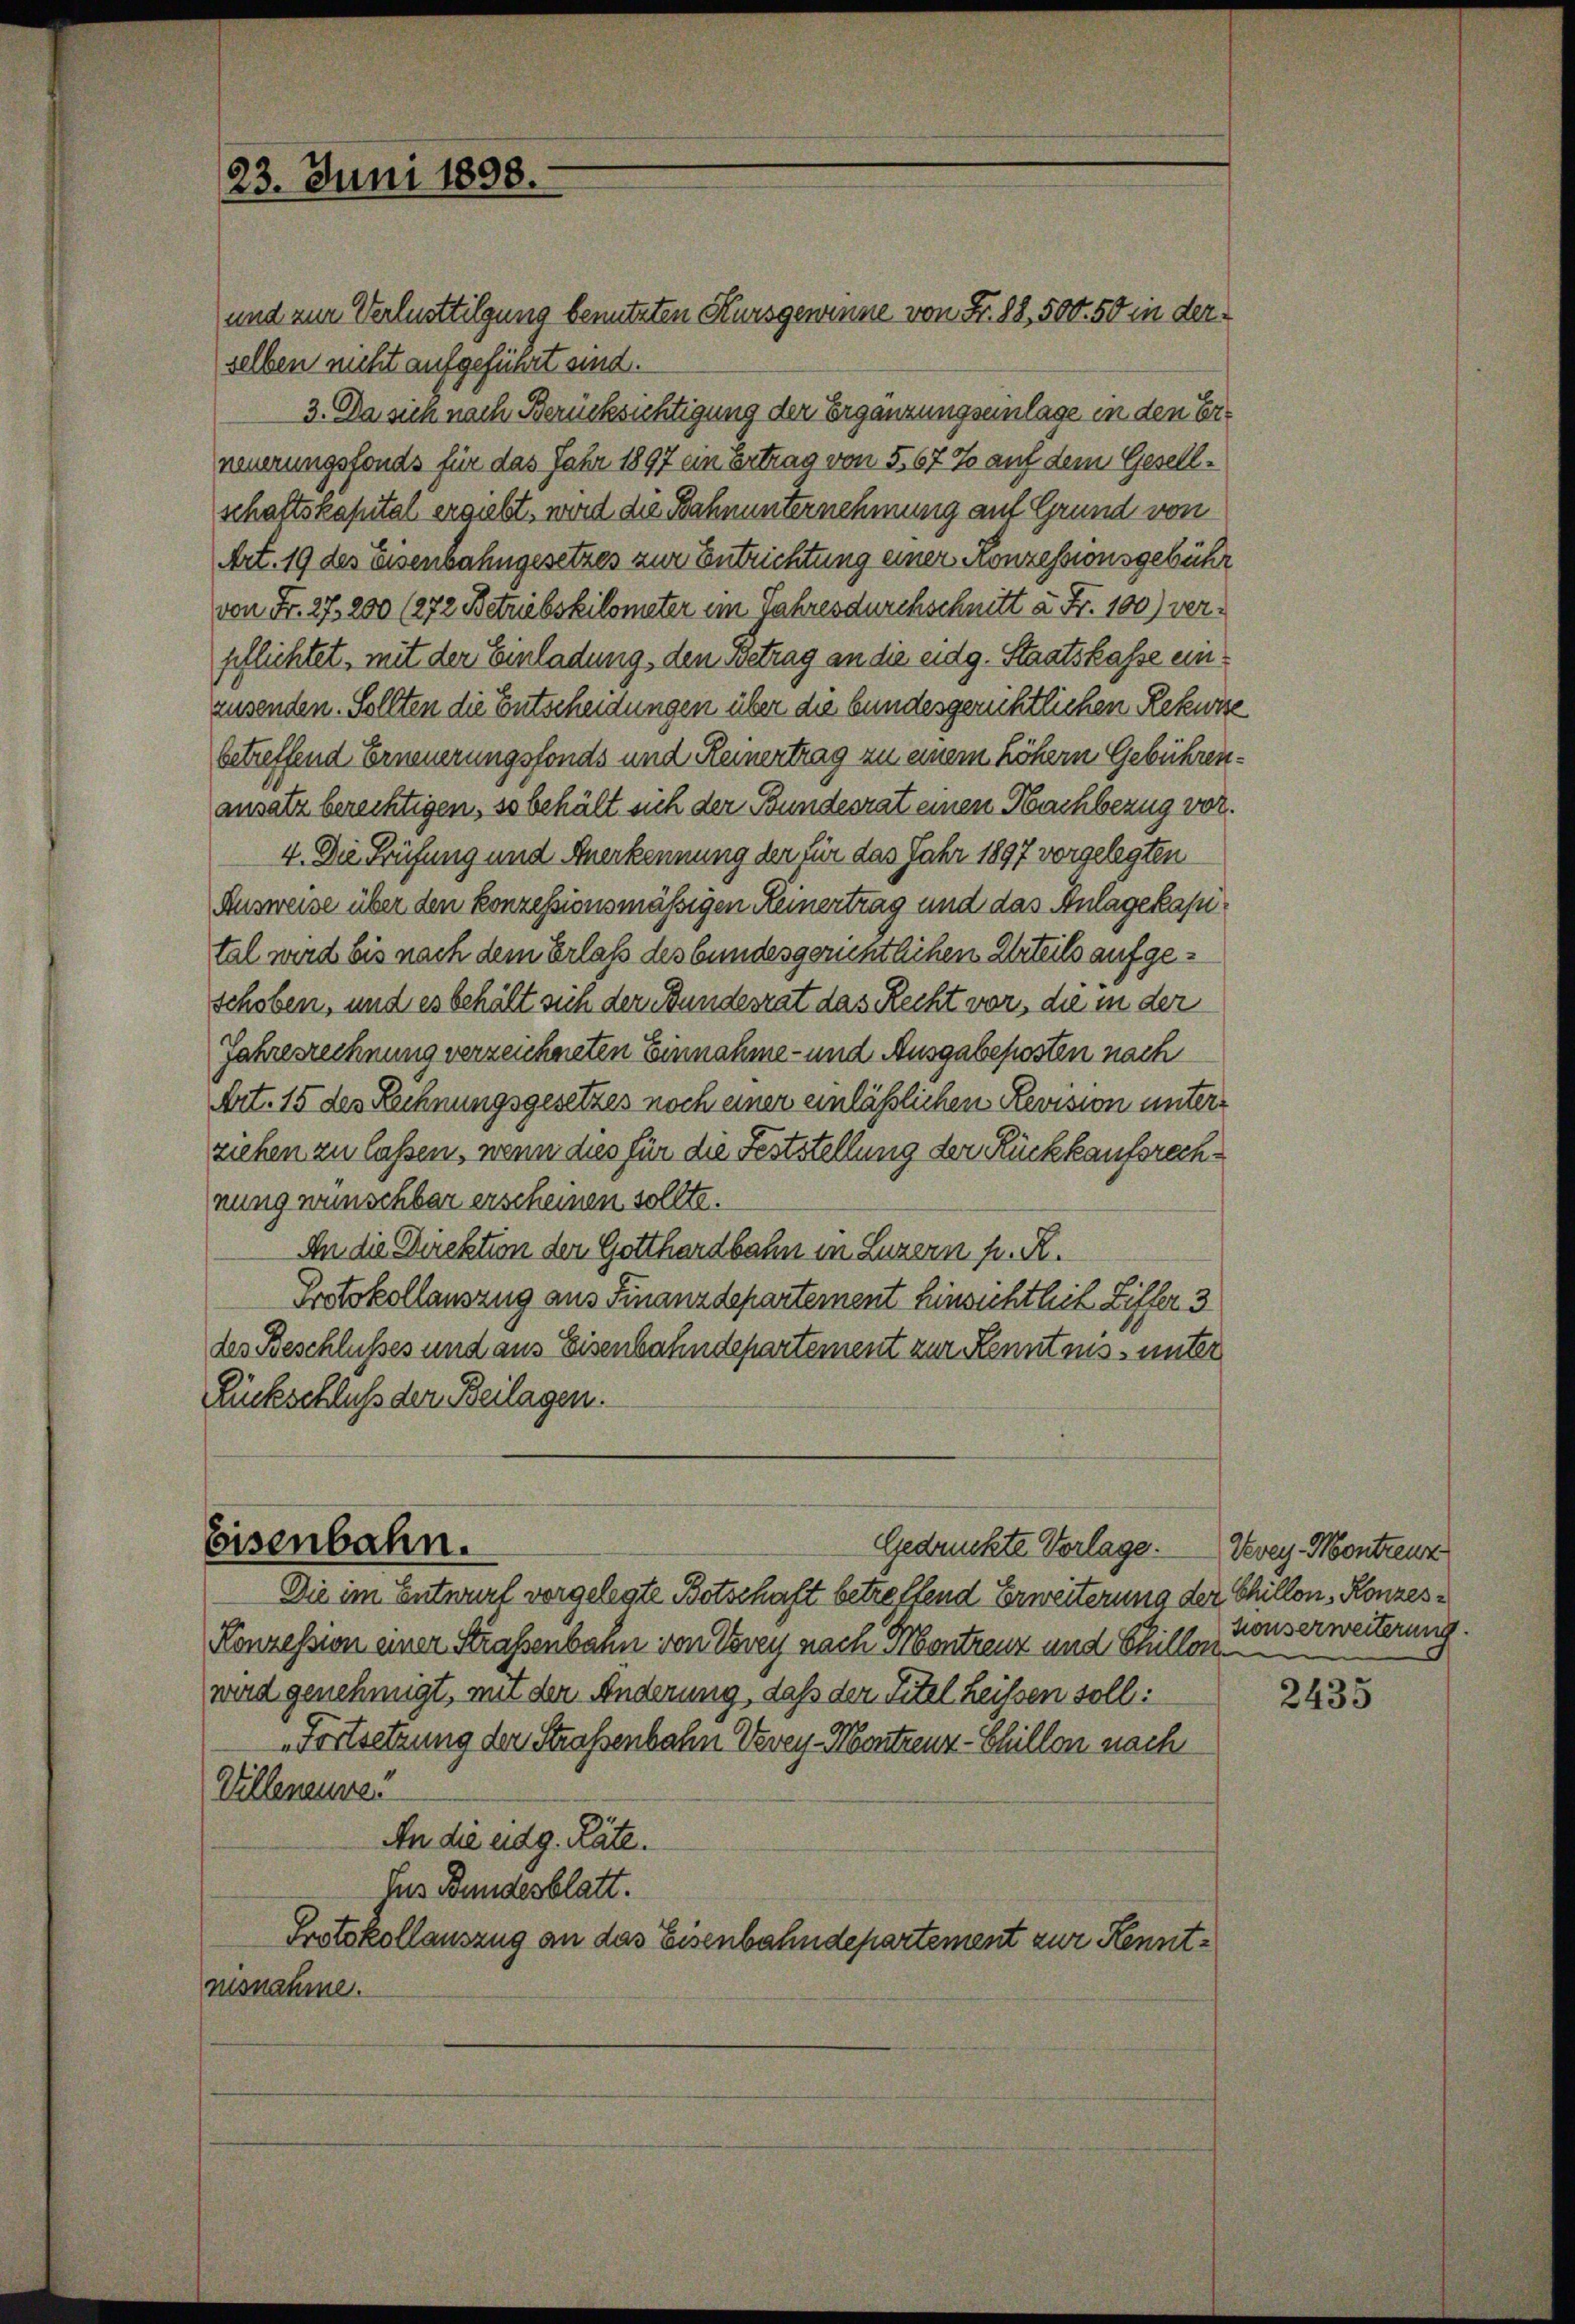
23. Juni 1898.

und zur Verlusttilgung benutzten Kursgewinne von Fr. 88, 500. 50 in der
selben nicht aufgeführt sind.
3. Da sich nach Berücksichtigung der Ergänzungseinlage in den Erneuerungsfonds für das Jahr 1897 ein Ertrag von 567 % auf dem Gesellschaftskapital ergibt, wird die Bahnunternehmung auf Grund von
Art. 19 des Eisenbahngesetzes zur Entrichtung einer Konzessionsgebühr
von Fr. 27. 200 (272. Betriebskilometer im Jahresdurchschnitt u. Fr. 100) verpflichtet, mit der Einladung, den Betrag an die eidg. Staatskasse einzusenden. Sollten die Entscheidungen über die bundesgerichtlichen Rekurse
betreffend Erneuerungsfonds und Reinertrag zu einem höhern Gebührenansatz berechtigen, so behält sich der Bundesrat einen Nachbezug vor.
4. Die Prüfung und Anerkennung der für das Jahr 1897 vorgelegten
Ausweise über den konzessionsmäßigen Keinertrag und das Anlagekapital wird bis nach dem Erlaß des bundesgerichtlichen Urteils aufgeschoben, und es behält sich der Bundesrat das Recht vor die in der
Jahresrechnung verzeichneten Einnahme- und Ausgabeposten nach
Art. 15 des Rechnungsgesetzes noch einer einläßlichen Revision unterziehen zu laßen, wenn dies für die Feststellung der Rückkaufsrechnung wünschbar erscheinen sollte.
An die Direktion der Gotthardbahn in Luzern fr. R.
Protokollauszug aus Finanzdepartement Einsichthit Liffer 3
des Beschlusses und aus Eisenbahndepartement zur Kenntnis unter
Rückschluß der Beilagen.

Eisenbahn.
Gedruckte Vorlage.

Die im Entwurf vorgelegte Botschaft betreffend Erweiterung der Chillon, Konzes¬
Konzession einer Straßenbahn von Vevey nach Montrenz und Schillen.
wird genehmigt, mit der Änderung, daß der Titel heißen soll:
Fortsetzung der Straßenbahn Vevey-Mentzenz-Chillen nach
Villeneure.
An die eidg. Räte.
Jus Bundesblatt.
Protokollauszug an das Eisenbahndepartement zur Kenntnisnahme.

Vevey Montreuz
Konserweiterung.

2435